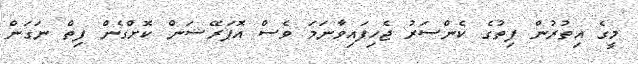
މީގެ އިތުރުން ފިތުގެ ކެންސަރު ޖެހިފައިވާނަމަ ވެސް އޮޕަރޭޝަން ކޮށްގެން ފިތް ނަގަން